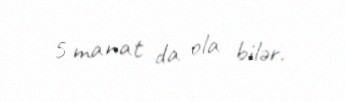
5 manat da ola bilər.